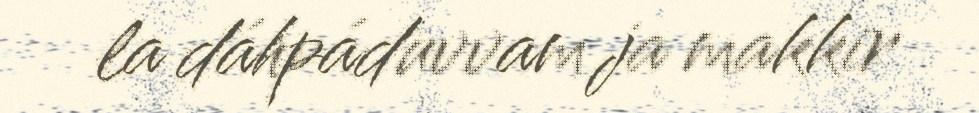
la dáhpáduvvam ja makkir